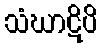
သံဃာဋိပိ